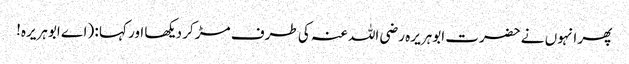
پھر انہوں نے حضرت ابوہریرہ رضی اللہ عنہ کی طرف مڑ کر دیکھا اور کہا : (اے ابوہریرہ!